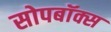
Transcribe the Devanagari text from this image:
सोपबॉक्स